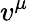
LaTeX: v^{\mu}